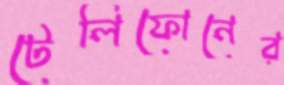
টেলিফোনের